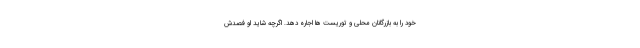
خود را به بازرگانان محلی و توریست ها اجاره دهد. اگرچه شاید او فصدش